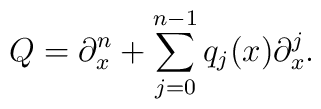
Q=\partial^n_x+\sum\limits_{j=0}^{n-1}q_{j}(x)\partial^j_x.